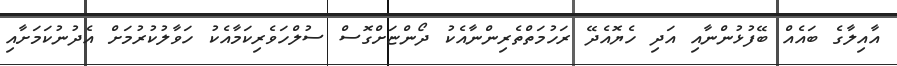
އާއިލާގެ ބައެއް ބޭފުޅުންނާއި އަދި ހެޔޮއެދޭ ރަހުމަތްތެރިންނާއެކު ދޯންޏަށްގޮސް ސުލްހަވެރިކަމާއެކު ހަވާލުކުރުމަށް އެދުނުކަމަށާއި